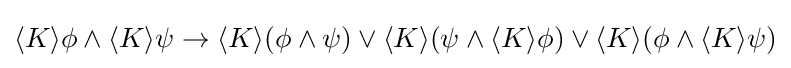
\langle K\rangle \phi \land \langle K\rangle \psi \rightarrow \langle K\rangle (\phi \land \psi )\vee \langle K\rangle (\psi \land \langle K\rangle \phi )\vee \langle K\rangle (\phi \land \langle K\rangle \psi )